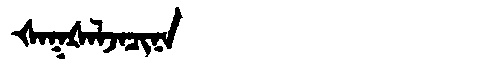
Manchu: ᡧᠠᡴᡧᠠᠯᠵᠠᠴᡳᠨᠠ
Romanization: ŠAKŠALJACINA